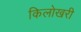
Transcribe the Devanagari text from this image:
किलोखरी